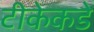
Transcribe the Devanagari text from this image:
टीकेकडे